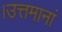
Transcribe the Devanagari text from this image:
।उत्तमानां